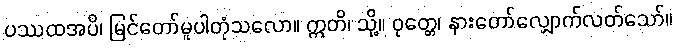
ပဿထအပိ၊ မြင်တော်မူပါတုံသလော။ ဣတိ၊ သို့။ ဝုတ္တေ၊ နားတော်လျှောက်လတ်သော်။